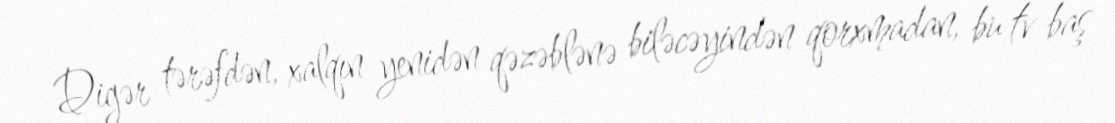
Digər tərəfdən, xalqın yenidən qəzəblənə biləcəyindən qorxmadan, bu tv baş